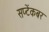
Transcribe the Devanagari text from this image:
सप्टेंकबर